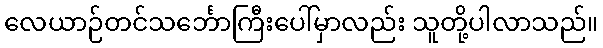
လေယာဉ်တင်သင်္ဘောကြီးပေါ်မှာလည်း သူတို့ပါလာသည်။